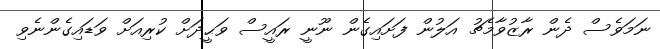
ނަމަވެސް ދެން ރާޒުވާމެޗު އަލުން ފަށައިގެން ނޫނީ ރައީސް ވަޙީދަށް ކުރިއަށް ވަޑައިގެންނެވި